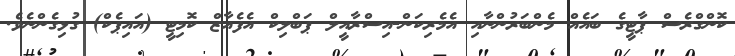
ކޮންގްރެސް ޕާޓީގެ ބައެއް މެންބަރުންނާއި އެމެރިކަން-އިސްރާއީލް ޕަބްލިކް އެފެއާޒް ކޮމިޓީ (އައިޕެކް) ގުޅިގެންނެވެ.